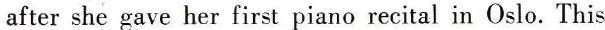
after she gave her first piano recital in Oslo. This